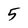
Character: 5